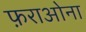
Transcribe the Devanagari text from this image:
फ़राओना